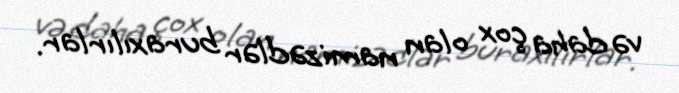
və daha çox olan namizədlər buraxılırlar.